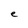
Character: e